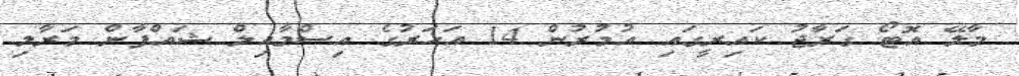
މާލޭ އޮޓޯ ގަރާޖު ކައިރީގައި އުމުރުން 14 އަހަރުގެ އިސްމާއިލް ޝައްފާން މަރާލި